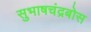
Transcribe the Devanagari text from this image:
सुभाषचंद्रबोस